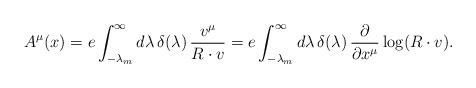
LaTeX: \begin{align*}A^\mu(x)=e\int^{\infty}_{-\lambda_m} d\lambda\,\delta(\lambda)\,\frac{v^\mu}{R\cdot v}=e\int^{\infty}_{-\lambda_m} d\lambda\,\delta(\lambda)\,\frac{\partial}{\partial x^\mu} \log ({R\cdot v}).\end{align*}